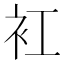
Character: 𧘍